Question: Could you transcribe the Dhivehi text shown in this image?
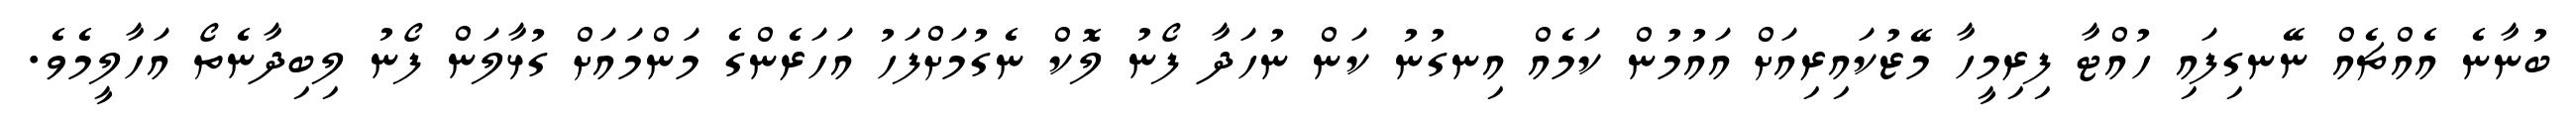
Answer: ބުނާނެ އެއްޗެއް ނޭނގިފައި ހުއްޓާ ފިރިމީހާ މޭޒުކައިރިއަށް އައުމުން ކަމެއް އިނގުނު ކަން ނުހަދާ ފޯނު ލޮކް ނެގުމަށްފަހު އަހަރެންގެ މަންމައަށް ގުޅާލަން ފޯނު ލިބިދާނެތޯ އަހާލީމެވެ.